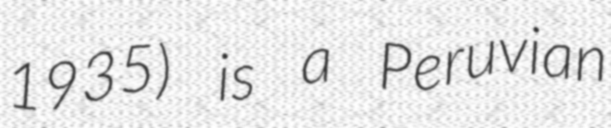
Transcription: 1935) is a Peruvian